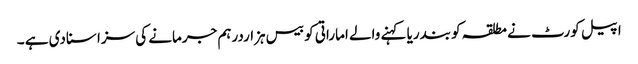
اپیل کورٹ نے مطلقہ کو بندریا کہنے والے اماراتی کو بیس ہزاردرہم جرمانے کی سزا سنادی ہے ۔